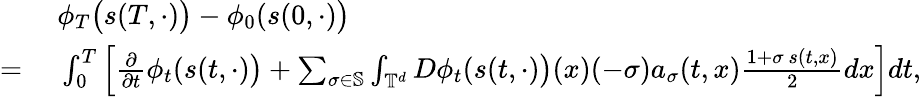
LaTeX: \begin{array}{rl}&{\ \phi_{T}\big(s(T,\cdot)\big)-\phi_{0}(s(0,\cdot)\big)}\\ {=}&{\ \int_{0}^{T}\Big[\frac{\partial}{\partial t}\phi_{t}(s(t,\cdot)\big)+\sum_{\sigma\in\mathbb{S}}\int_{\mathbb{T}^{d}}D\phi_{t}(s(t,\cdot)\big)(x)(-\sigma)a_{\sigma}(t,x)\frac{1+\sigma\, s(t,x)}{2}dx\Big]dt,}\end{array}